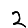
Digit: 2